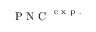
\mathrm { ~ P ~ N ~ C ~ } ^ { \mathrm { ~ e ~ x ~ p ~ . ~ } }